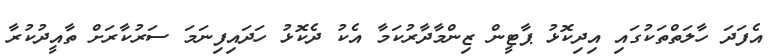
އެފަދަ ހާލަތްތަކުގައި އިދިކޮޅު ޕާޓީން ޒިންމާދާރުކަމާ އެކު ދެކޮޅު ހަދައިފިނަމަ ސަރުކާރަށް ތާއީދުކުރާ